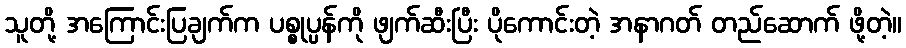
သူတို့ အကြောင်းပြချက်က ပစ္စုပ္ပန်ကို ဖျက်ဆီးပြီး ပိုကောင်းတဲ့ အနာဂတ် တည်ဆောက် ဖို့တဲ့။